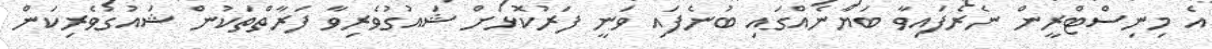
އެ މިނިސްޓްރީން ނެރެފައިވާ ބަޔާނެއްގައި ބުނެފައި ވަނީ ފަރުކޮޅަށް ޝައުގުވެރިވާ ފަރާތްތަކުން ޝައުގުވެރިކަން